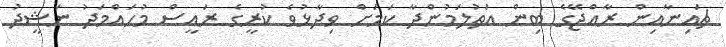
ޗައިނާއިން ރާއްޖޭގެ ބިން އަތުލަމުންދާ ކަމަށް ވިދާޅުވެ ކުރީގެ ރައީސް މުހައްމަދު ނަޝީދު